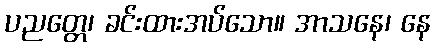
ပညတ္တေ၊ ခင်းထားအပ်သော။ အာသနေ၊ နေ